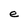
Character: e